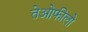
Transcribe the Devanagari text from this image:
तेओफीलो